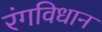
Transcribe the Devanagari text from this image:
रंगविधान